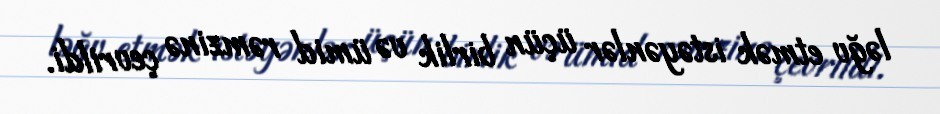
ləğv etmək istəyənlər üçün birlik və ümid rəmzinə çevrildi.